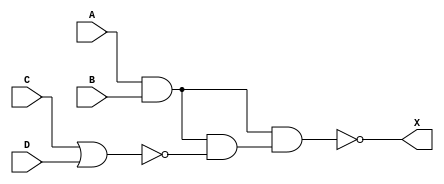
module circuit1 (input A, B, C, D, output X);
    wire AB;
    wire Z;
    // Z = C'+D'
    wire Y;
    // Y = AB(C'+D')

    and (AB,A,B);
    nor (Z,C,D);
    and (Y,AB,Z);
    nand (X,AB,Y);
    
endmodule